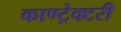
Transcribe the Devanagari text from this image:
काण्ट्रेक्टरी